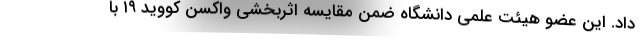
داد. این عضو هیئت علمی دانشگاه ضمن مقایسه اثربخشی واکسن کووید ۱۹ با